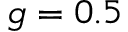
g = 0 . 5